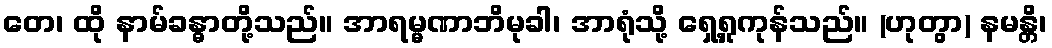
တေ၊ ထို နာမ်ခန္ဓာတို့သည်။ အာရမ္မဏာဘိမုခါ၊ အာရုံသို့ ရှေ့ရှုကုန်သည်။ (ဟုတွာ) နမန္တိ၊